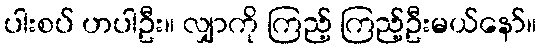
ပါးစပ် ဟပါဦး။ လျှာကို ကြည့် ကြည့်ဦးမယ်နော်။